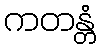
ကတန္တံ